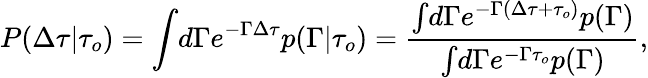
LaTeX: P(\Delta\tau\vert\tau_{o})=\int\! d\Gamma e^{-\Gamma\Delta\tau}p(\Gamma\vert\tau_{o})=\frac{\int\! d\Gamma e^{-\Gamma(\Delta\tau+\tau_{o})}p(\Gamma)}{\int\! d\Gamma e^{-\Gamma\tau_{o}}p(\Gamma)},